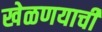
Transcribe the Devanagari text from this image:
खेळणयाची